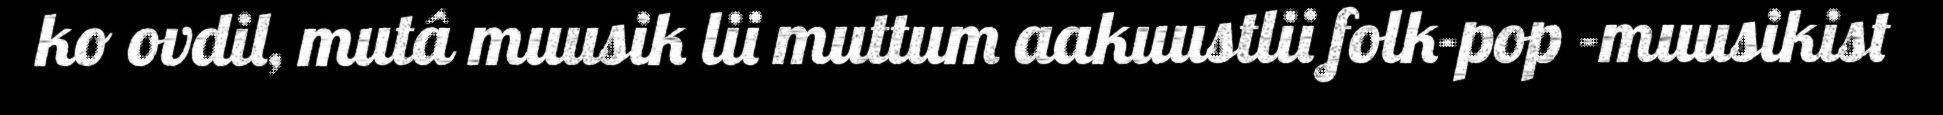
ko ovdil, mutâ muusik lii muttum aakuustlii folk-pop -muusikist